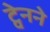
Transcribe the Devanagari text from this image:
ट्वेनने